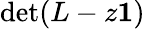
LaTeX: \operatorname*{det}(L-z{\mathbf 1})